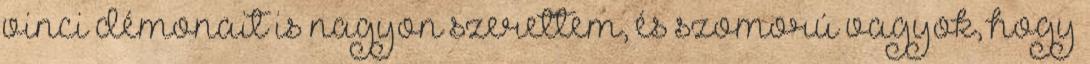
vinci démonait is nagyon szerettem, és szomorú vagyok, hogy